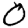
Digit: 0